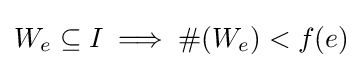
W_{e}\subseteq I\implies \#(W_{e})<f(e)